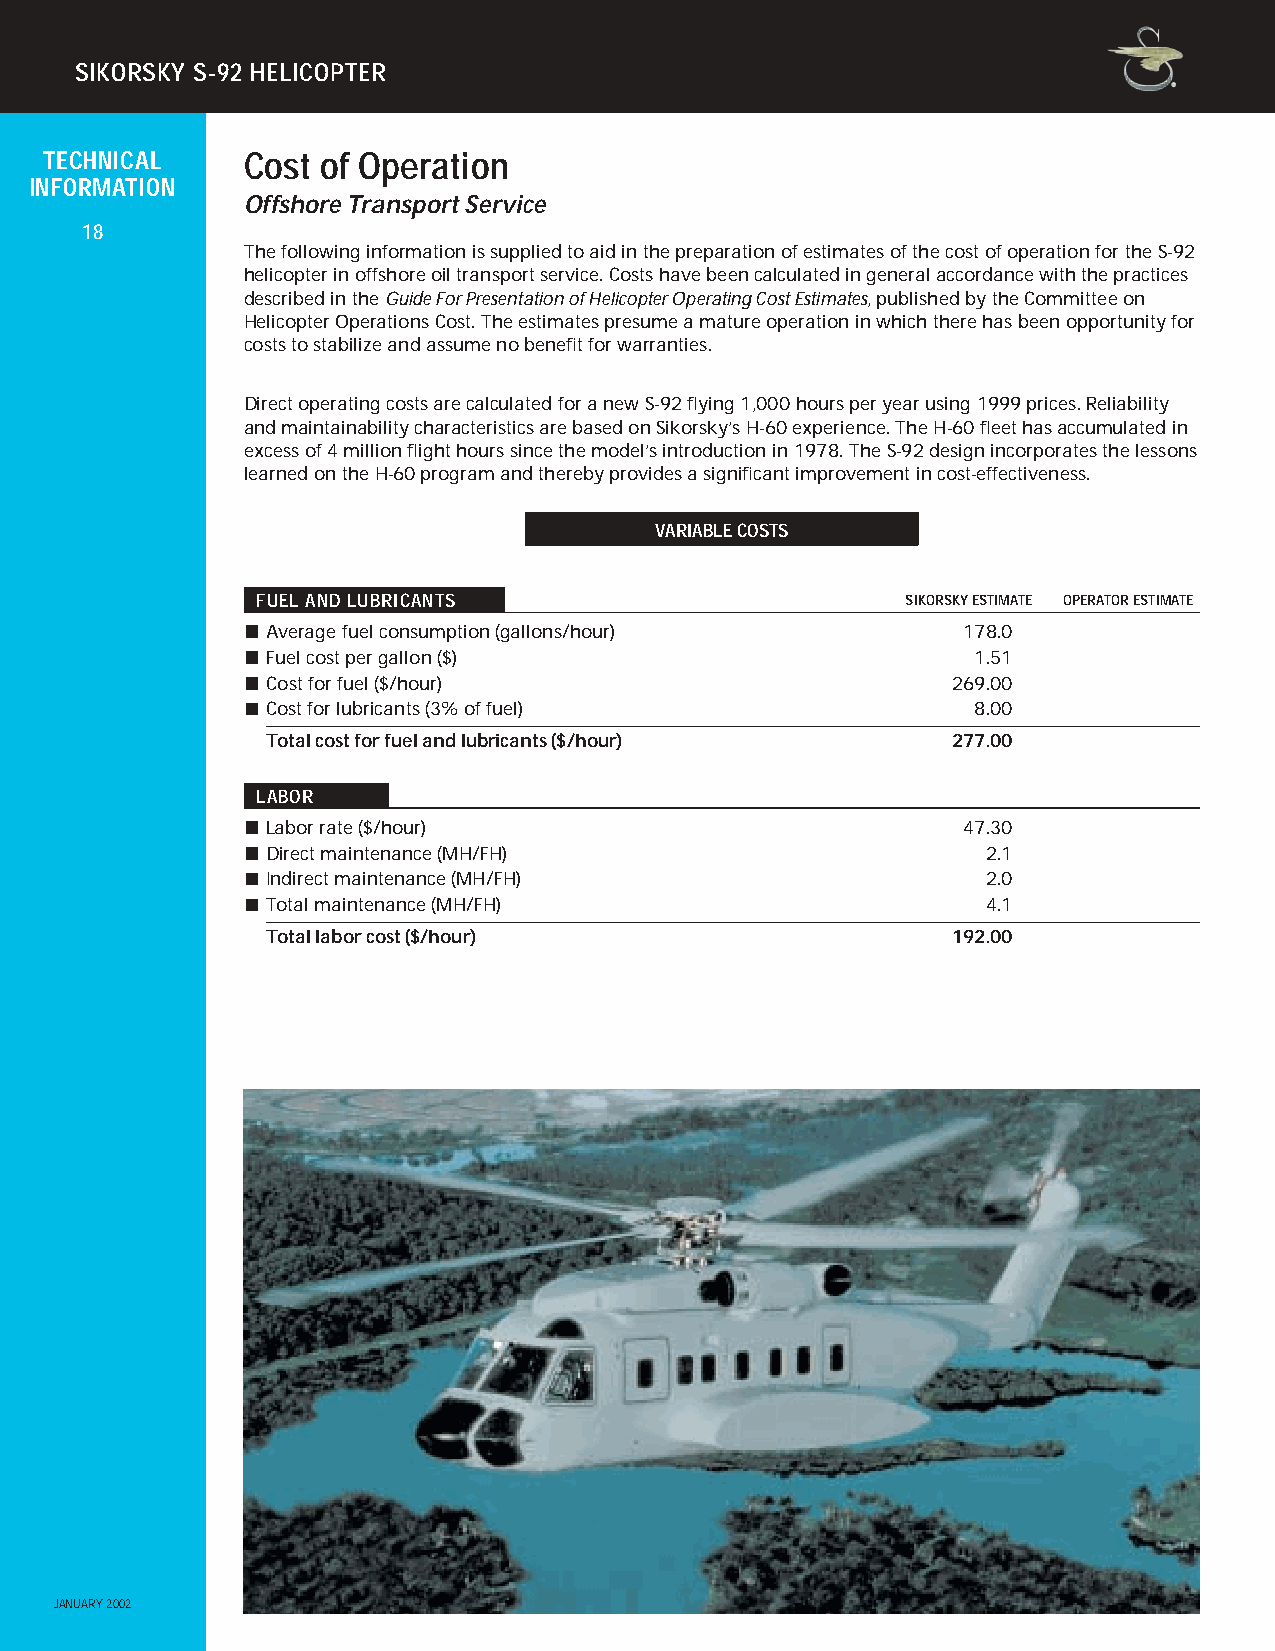
SIKORSKY S-92 HELICOPTER
 TECHNICAL    Cost of Operation
 INFORMATION
 Offshore Transport Service
 18
 The following information is supplied to aid in the preparation of estimates of the cost of operation for the S-92
 helicopter in offshore oil transport service. Costs have been calculated in general accordance with the practices
 described in the Guide For Presentation of Helicopter Operating Cost Estimates, published by the Committee on
 Helicopter Operations Cost. The estimates presume a mature operation in which there has been opportunity for
 costs to stabilize and assume no benefit for warranties.
 Direct operating costs are calculated for a new S-92 flying 1,000 hours per year using 1999 prices. Reliability
 and maintainability characteristics are based on Sikorsky’s H-60 experience. The H-60 fleet has accumulated in
 excess of 4 million flight hours since the model’s introduction in 1978. The S-92 design incorporates the lessons
 learned on the H-60 program and thereby provides a significant improvement in cost-effectiveness.
 VARIABLE COSTS
 FUEL AND LUBRICANTS                        SIKORSKY ESTIMATE OPERATOR ESTIMATE
 Average fuel consumption (gallons/hour)       178.0
 Fuel cost per gallon ($)                       1.51
 Cost for fuel ($/hour)                       269.00
 Cost for lubricants (3% of fuel)               8.00
 Total cost for fuel and lubricants ($/hour)  277.00
 LABOR
 Labor rate ($/hour)                           47.30
 Direct maintenance (MH/FH)                     2.1
 Indirect maintenance (MH/FH)                   2.0
 Total maintenance (MH/FH)                      4.1
 Total labor cost ($/hour)                    192.00
 JANUARY 2002